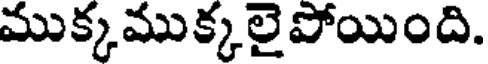
ముక్కముక్కలైపోయింది.